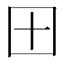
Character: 𫭂